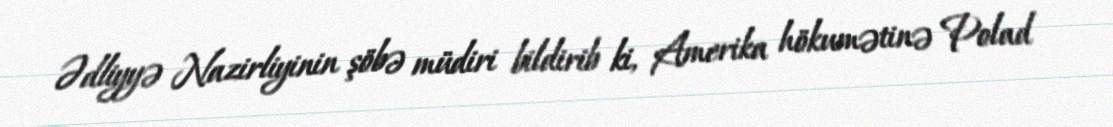
Ədliyyə Nazirliyinin şöbə müdiri bildirib ki, Amerika hökumətinə Polad